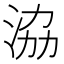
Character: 𣴚